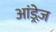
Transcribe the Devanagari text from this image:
आंड्रेज़